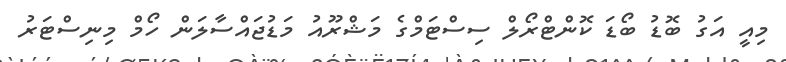
މިއީ އަގު ބޮޑު ބޯޑަ ކޮންޓްރޯލް ސިސްޓަމްގެ މަޝްރޫއު މަޑުޖައްސާލަން ހޯމް މިނިސްޓަރު